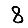
Digit: 8